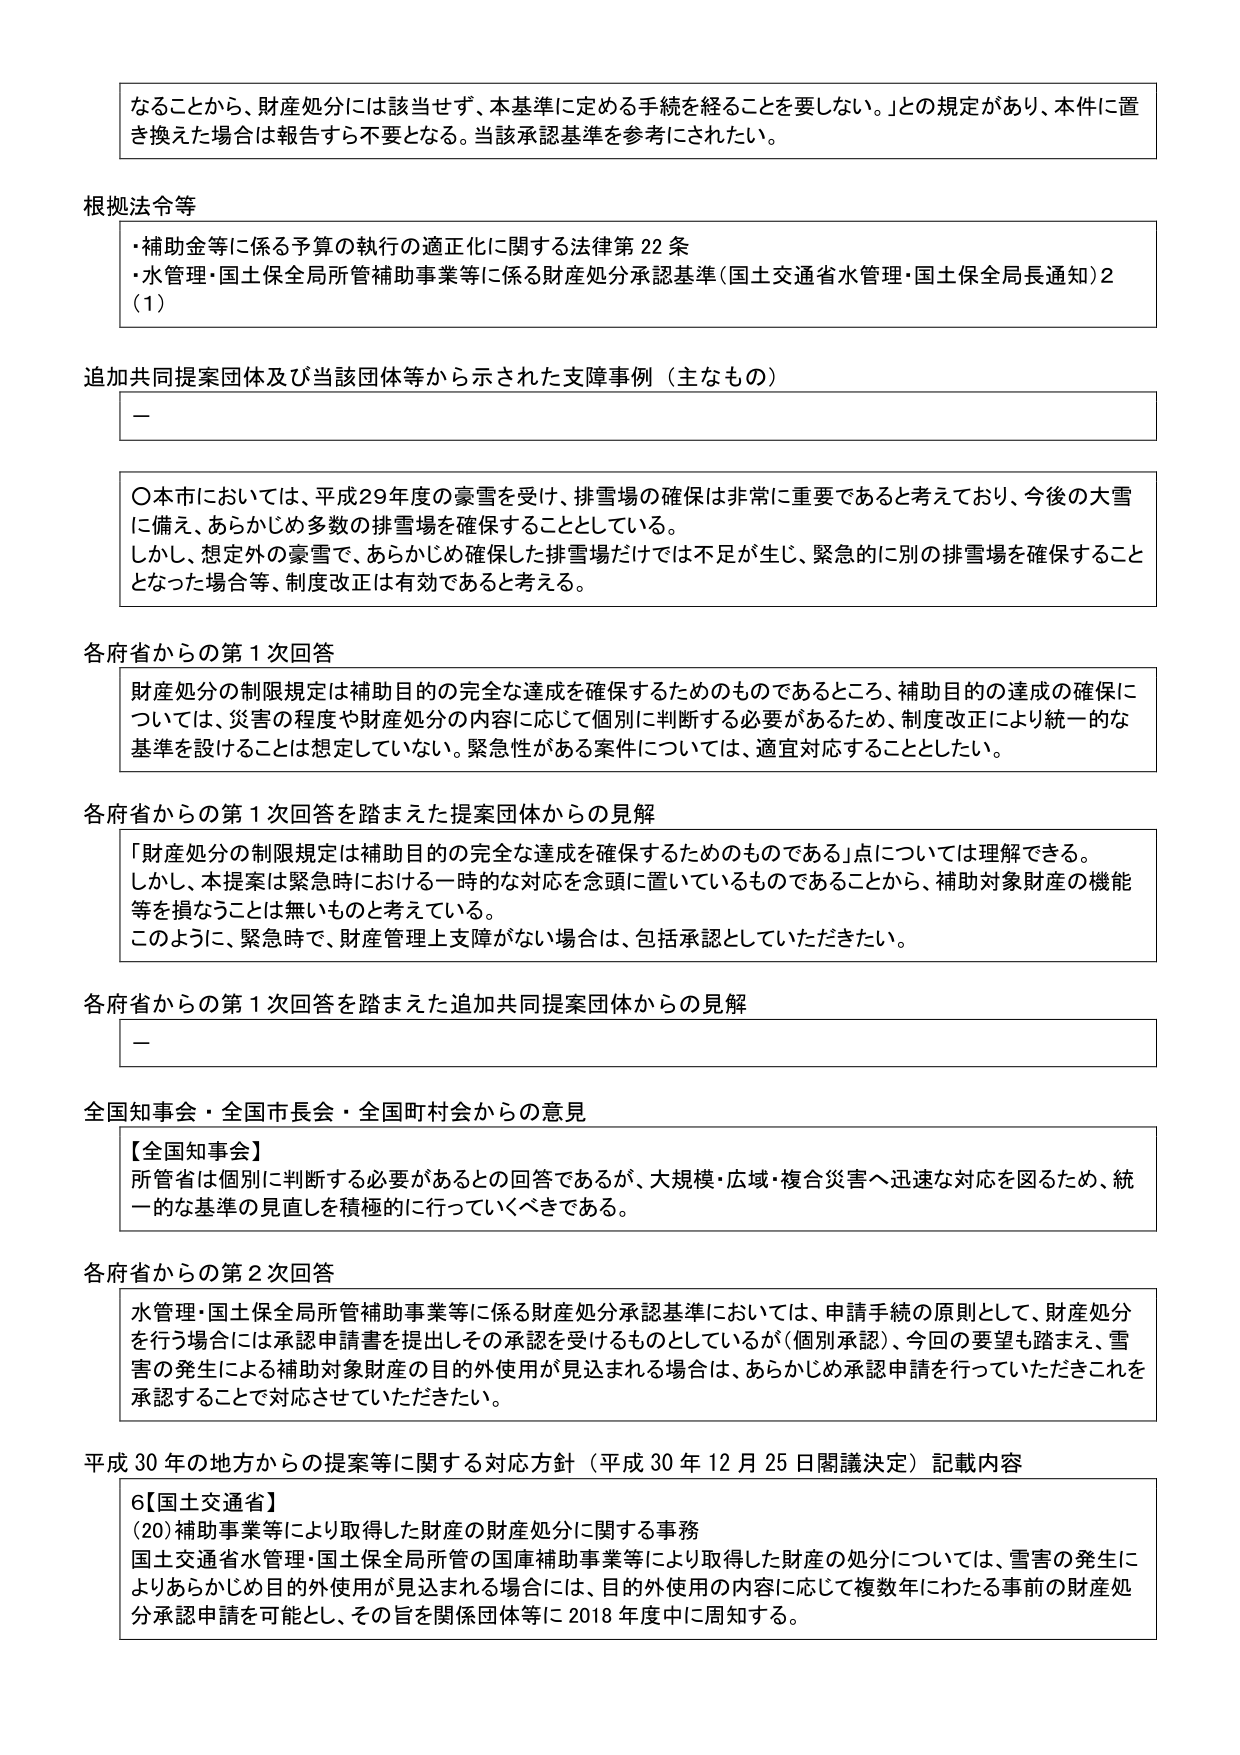
なることから、財産処分には該当せず、本基準に定める手続を経ることを要しない。」との規定があり、本件に置き換えた場合は報告すら不要となる。当該承認基準を参考にされたい。

根拠法令等
・補助金等に係る予算の執行の適正化に関する法律第22条
・水管理・国土保全局所管補助事業等に係る財産処分承認基準（国土交通省水管理・国土保全局長通知）2（1）

追加共同提案団体及び当該団体等から示された支障事例（主なもの）
－

〇本市においては、平成29年度の豪雪を受け、排雪場の確保は非常に重要であると考えており、今後の大雪に備え、あらかじめ多数の排雪場を確保することとしている。
しかし、想定外の豪雪で、あらかじめ確保した排雪場だけでは不足が生じ、緊急的に別の排雪場を確保することとなった場合等、制度改正は有効であると考える。

各府省からの第1次回答
財産処分の制限規定は補助目的の完全な達成を確保するためのものであるところ、補助目的の達成の確保については、災害の程度や財産処分の内容に応じて個別に判断する必要があるため、制度改正により統一的な基準を設けることは想定していない。緊急性がある案件については、適宜対応することとした。

各府省からの第1次回答を踏まえた提案団体からの見解
「財産処分の制限規定は補助目的の完全な達成を確保するためのものである」点については理解できる。
しかし、本提案は緊急時における一時的な対応を念頭に置いているものであることから、補助対象財産の機能等を損なうことは無いものと考えている。
このように、緊急時で、財産管理上支障がない場合は、包括承認としていただきたい。

各府省からの第1次回答を踏まえた追加共同提案団体からの見解
－

全国知事会・全国市長会・全国町村会からの意見
【全国知事会】
所管省は個別に判断する必要があるとの回答であるが、大規模・広域・複合災害へ迅速な対応を図るため、統一的な基準の見直しを積極的に行っていくべきである。

各府省からの第2次回答
水管理・国土保全局所管補助事業等に係る財産処分承認基準においては、申請手続の原則として、財産処分を行う場合には承認申請書を提出しその承認を受けるものとしているが（個別承認）、今回の要望も踏まえ、雪害の発生による補助対象財産の目的外使用が見込まれる場合は、あらかじめ承認申請を行っていただきこれを承認することで対応させていただきたい。

平成30年の地方からの提案等に関する対応方針（平成30年12月25日閣議決定）記載内容
【国土交通省】
（20）補助事業等により取得した財産の財産処分に関する事務
国土交通省水管理・国土保全局所管の国庫補助事業等により取得した財産の処分については、雪害の発生によりあらかじめ目的外使用が見込まれる場合には、目的外使用の内容に応じて複数年にわたる事前の財産処分承認申請を可能とし、その旨を関係団体等に2018年度中に周知する。